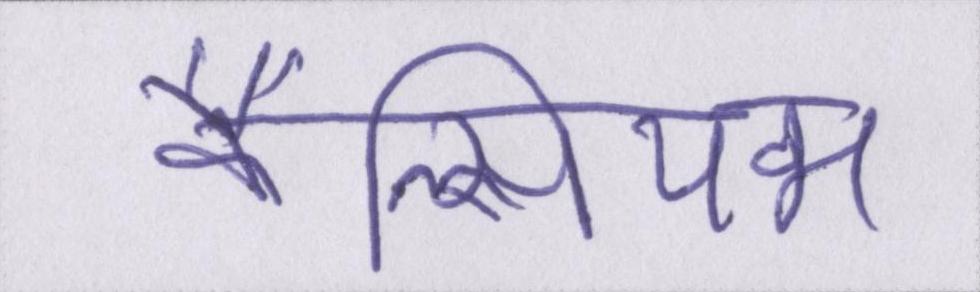
कैल्सियम